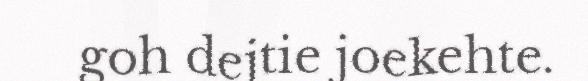
goh dejtie joekehte.